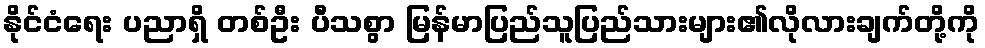
နိုင်ငံရေး ပညာရှိ တစ်ဦး ပီသစွာ မြန်မာပြည်သူပြည်သားများ၏လိုလားချက်တို့ကို